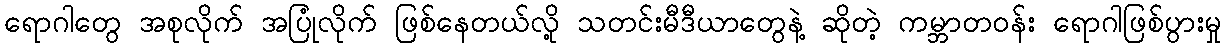
ရောဂါတွေ အစုလိုက် အပြုံလိုက် ဖြစ်နေတယ်လို့ သတင်းမီဒီယာတွေနဲ့ ဆိုတဲ့ ကမ္ဘာတဝန်း ရောဂါဖြစ်ပွားမှု